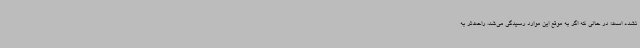
نشده است؛ در حالی که اگر به موقع این موارد رسیدگی می‌شد، راحت‌تر به